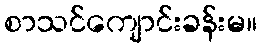
စာသင်ကျောင်းခန်းမ။